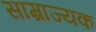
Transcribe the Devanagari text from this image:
साम्राज्यक